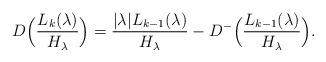
LaTeX: \begin{align*}D\Bigl(\frac{L_k(\lambda)}{H_\lambda}\Bigr)=\frac{| \lambda|L_{k-1}(\lambda)}{H_\lambda}-D^-\Bigl(\frac{L_{k-1}(\lambda)}{H_\lambda}\Bigr).\end{align*}